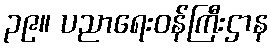
၃၉။ ပညာရေးဝန်ကြီးဌာန